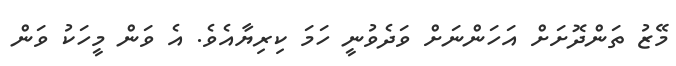
މޭޒު ތަންދޮށަށް އަހަންނަށް ވަދެވުނީ ހަމަ ކިރިޔާއެވެ. އެ ވަން މީހަކު ވަން